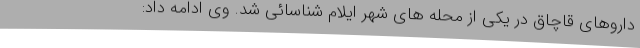
داروهای قاچاق در یکی از محله های شهر ایلام شناسائی شد. وی ادامه داد: